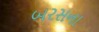
બરસના